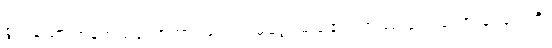
စွတ်သော အနက်သဘောအားဖြင့်။ သမုဒ္ဒေါ၊ မည်၏။ တဿ ရူပမယော ဝေဂေါတိ၊